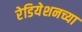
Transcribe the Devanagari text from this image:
रेडियेशनच्या